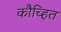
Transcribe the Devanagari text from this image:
कौच्हित